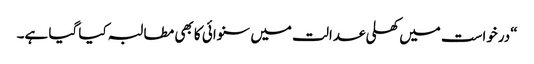
“درخواست میں کھلی عدالت میں سنوائی کا بھی مطالبہ کیا گیا ہے۔